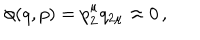
\phi ( q , p ) = p _ { 2 } ^ { \mu } q _ { 2 \mu } \approx 0 \, { , }